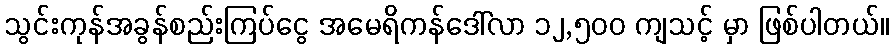
သွင်းကုန်အခွန်စည်းကြပ်ငွေ အမေရိကန်ဒေါ်လာ ၁၂,၅၀၀ ကျသင့် မှာ ဖြစ်ပါတယ်။